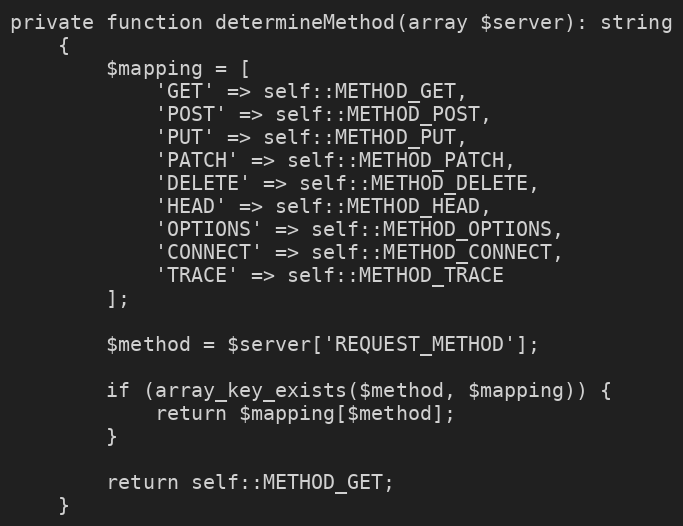
Language: PHP
private function determineMethod(array $server): string
    {
        $mapping = [
            'GET' => self::METHOD_GET,
            'POST' => self::METHOD_POST,
            'PUT' => self::METHOD_PUT,
            'PATCH' => self::METHOD_PATCH,
            'DELETE' => self::METHOD_DELETE,
            'HEAD' => self::METHOD_HEAD,
            'OPTIONS' => self::METHOD_OPTIONS,
            'CONNECT' => self::METHOD_CONNECT,
            'TRACE' => self::METHOD_TRACE
        ];

        $method = $server['REQUEST_METHOD'];

        if (array_key_exists($method, $mapping)) {
            return $mapping[$method];
        }

        return self::METHOD_GET;
    }